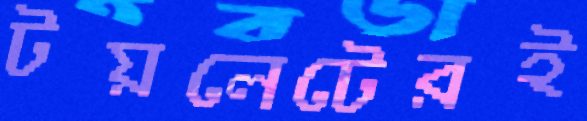
টয়লেটেরই